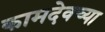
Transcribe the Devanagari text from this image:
कामदेवच्या